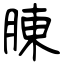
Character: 腖